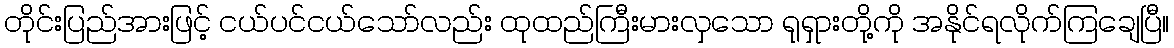
တိုင်းပြည်အားဖြင့် ငယ်ပင်ငယ်သော်လည်း ထုထည်ကြီးမားလှသော ရုရှားတို့ကို အနိုင်ရလိုက်ကြချေပြီ။